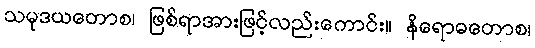
သမုဒယတောစ၊ ဖြစ်ရာအားဖြင့်လည်းကောင်း။ နိရောဓတောစ၊